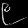
Digit: ၉